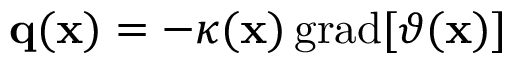
\begin{array} { r } { \mathbf { q } ( \mathbf { x } ) = - \kappa ( \mathbf { x } ) \, \mathrm { g r a d } [ \vartheta ( \mathbf { x } ) ] } \end{array}